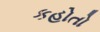
કહોતો